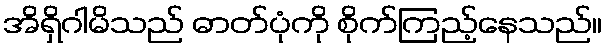
အိရှိဂါမိသည် ဓာတ်ပုံကို စိုက်ကြည့်နေသည်။